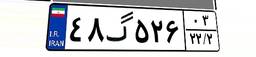
۴۸گ۵۲۶۰۳